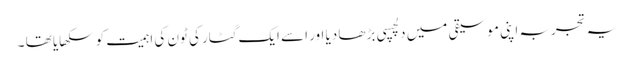
یہ تجربہ اپنی موسیقی میں دلچسپی بڑھا دیا اور اسے ایک گٹار کی ٹون کی اہمیت کو سکھایا تھا ۔